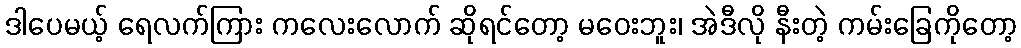
ဒါပေမယ့် ရေလက်ကြား ကလေးလောက် ဆိုရင်တော့ မဝေးဘူး၊ အဲဒီလို နီးတဲ့ ကမ်းခြေကိုတော့